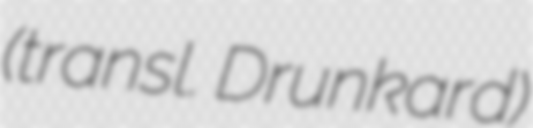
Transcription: (transl. Drunkard)